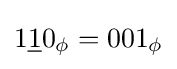
1{\underline {1}}0_{\phi }=001_{\phi }